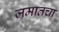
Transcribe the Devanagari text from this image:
जमातचा